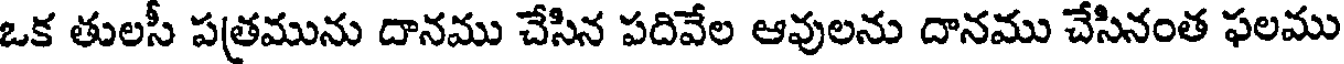
ఒక తులసీ పత్రమును దానము చేసిన పదివేల ఆవులను దానము చేసినంత ఫలము